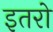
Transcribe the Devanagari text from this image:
इतरो